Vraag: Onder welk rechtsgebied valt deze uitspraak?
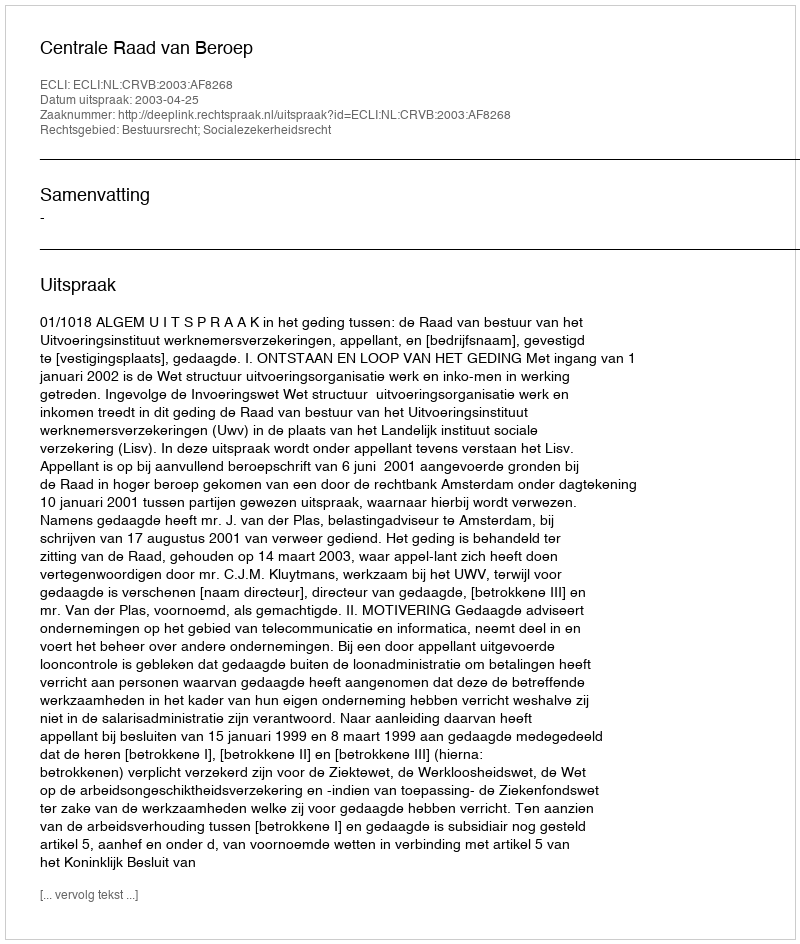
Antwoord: Bestuursrecht; Socialezekerheidsrecht